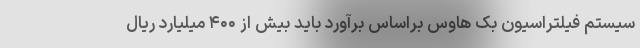
سیستم فیلتراسیون بک هاوس براساس برآورد باید بیش از ۴۰۰ میلیارد ریال